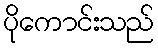
ပိုကောင်းသည်